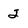
Character: 2